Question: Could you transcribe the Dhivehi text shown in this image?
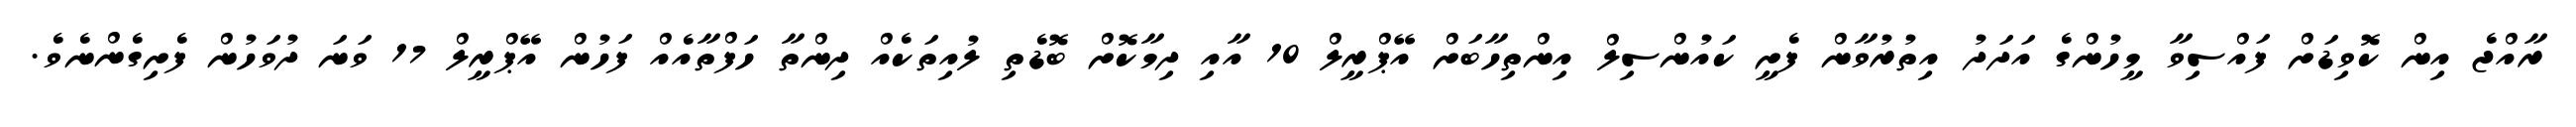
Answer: ރާއްޖެ އިން ކޮވިޑަށް ފައްސިވާ މީހުންގެ އަދަދު އިތުރުވާން ފެށީ ކައުންސިލް އިންތިހާބަށް އޭޕްރީލް 10 އާއި ދިމާކޮށް ބޮޑެތި ލުއިތަކެއް ދިންތާ ހަފްތާއެއް ފަހުން އޭޕްރީލް 17 ވަނަ ދުވަހުން ފެށިގެންނެވެ.